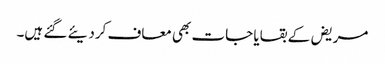
مریض کے بقایا جات بھی معاف کردیئے گئے ہیں۔